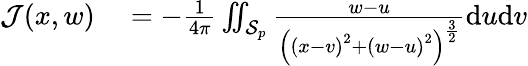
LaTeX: \begin{array}{rl}{\mathcal{J}(x,w)}&{{}=-\frac{1}{4\pi}\iint_{\mathcal{S}_{p}}\frac{w-u}{\left(\left(x-v\right)^{2}+\left(w-u\right)^{2}\right)^{\frac{3}{2}}}\mathrm{d}u\mathrm{d}v}\end{array}